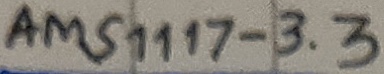
Text: AMS1117-3.3